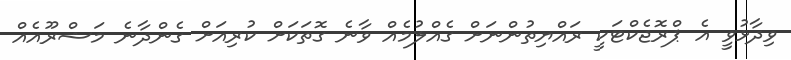
ވިދާޅުވީ އެ ޕްރޮޖެކްޓަކީ ރައްޔިތުންނަށް ގެއްލުމެއް ވާނެ ގޮތަކަށް ކުރިއަށް ގެންދާނެ މަޝްރޫއެއް